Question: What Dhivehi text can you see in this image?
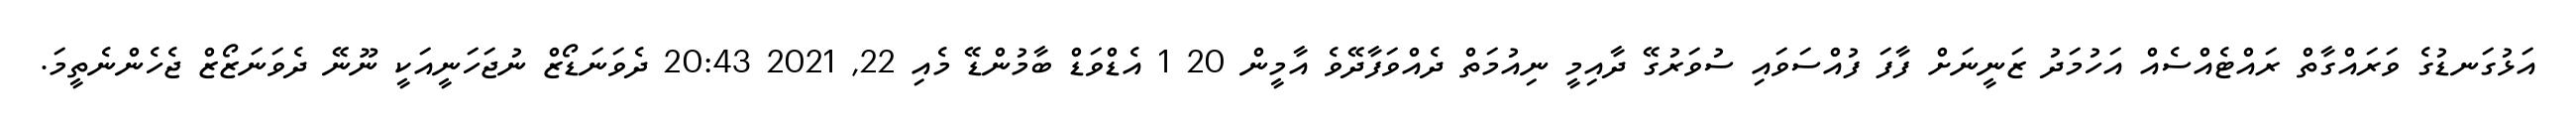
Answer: އަޅުގަނޑުގެ ވަރައްގާތް ރައްޓެއްސެއް އަހުމަދު ޒަނީނަށް ފާފަ ފުއްސަވައި ސުވަރުގޭ ދާއިމީ ނިއުމަތް ދެއްވަފާދޭވެ އާމީން 20 1 އެޑްވަޑް ބާމުންޑޭ މެއި 22, 2021 20:43 ދެވަނަޑޯޒް ނުޖަހަނީއަކީ ނޫނޭ ދެވަނަޒޯޒް ޖެހެންނެތީމަ.